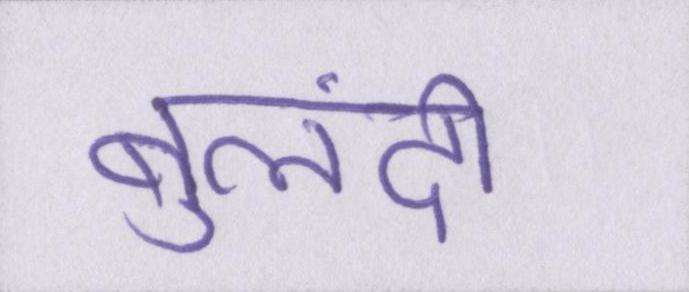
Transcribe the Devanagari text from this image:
बुलंदी